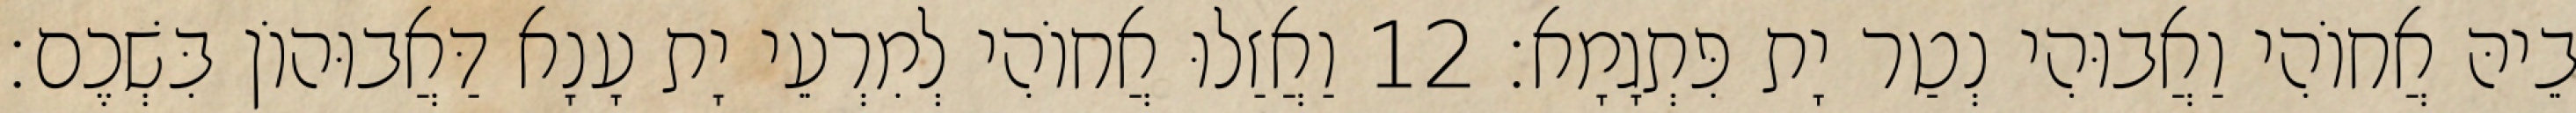
בֵיהּ אֲחוֹהִי וַאֲבוּהִי נְטַר יָת פִּתְגָמָא׃ 12 וַאֲזַלוּ אֲחוֹהִי לְמִרְעֵי יָת עָנָא דַּאֲבוּהוֹן בִּשְׁכֶם׃